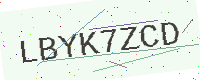
Text: LBYK7ZCD